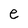
Character: e